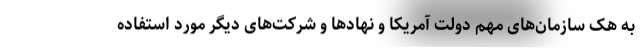
به هک سازمان‌های مهم دولت آمریکا و نهادها و شرکت‌های دیگر مورد استفاده